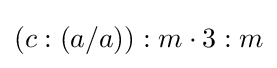
(c:(a/a)):m\cdot 3:m